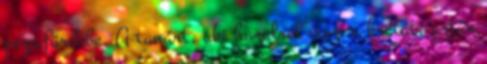
pezsifürdibe. A tanárt, aki hazulról viszi a krétát, aztán